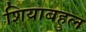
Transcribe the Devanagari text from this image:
शियाबहुल